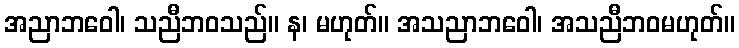
အညာဘဝေါ၊ သညီဘဝသည်။ န၊ မဟုတ်။ အသညာဘဝေါ၊ အသညီဘဝမဟုတ်။